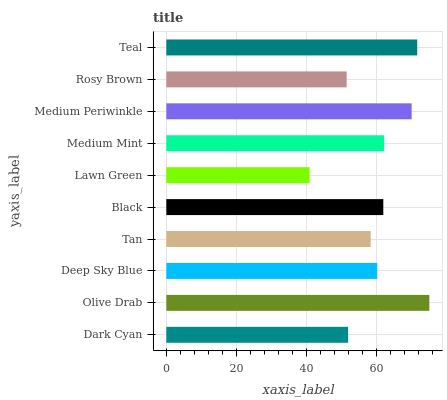
| yaxis_label | bars |
 | --- | --- |
 | Dark Cyan | 51.9 |
 | Olive Drab | 75.2 |
 | Deep Sky Blue | 60.3 |
 | Tan | 58.4 |
 | Black | 62 |
 | Lawn Green | 40.9 |
 | Medium Mint | 62.2 |
 | Medium Periwinkle | 70.1 |
 | Rosy Brown | 51.5 |
 | Teal | 71.7 |